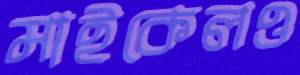
মাইকেলও